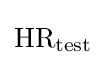
{\text{HR}}_{\text{test}}